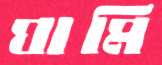
ঘামি